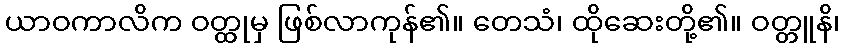
ယာဝကာလိက ဝတ္ထုမှ ဖြစ်လာကုန်၏။ တေသံ၊ ထိုဆေးတို့၏။ ဝတ္တူနိ၊